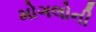
મોગલોની